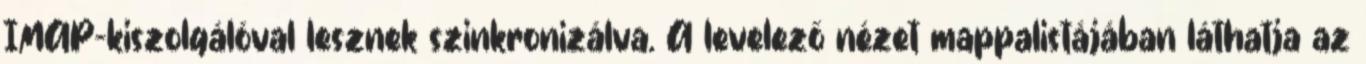
IMAP-kiszolgálóval lesznek szinkronizálva. A levelező nézet mappalistájában láthatja az